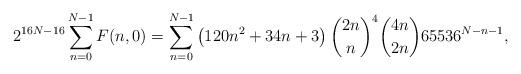
LaTeX: \begin{align*}2^{16N-16} \sum_{n=0}^{N-1}F(n,0)=\sum_{n=0}^{N-1}\left(120 n^2+34 n+3\right) \binom{2 n}{n}^4 \binom{4 n}{2 n} 65536^{N-n-1},\end{align*}